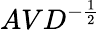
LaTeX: AVD^{-{\frac{1}{2}}}